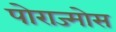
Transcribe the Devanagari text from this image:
पोराज्मोस